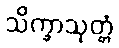
သိက္ခာသုတ္တံ